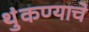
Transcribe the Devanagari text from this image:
थुंकण्याचे